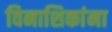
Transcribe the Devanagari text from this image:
विनाशिकांना